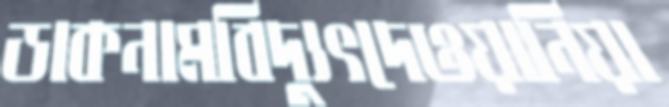
ডাকনামবিদ্যুৎদেওয়ানিয়া